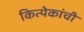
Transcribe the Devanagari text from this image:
कित्येकांची